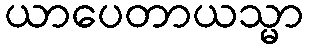
ယာပေတာယသ္မာ